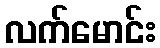
လက်မောင်း